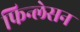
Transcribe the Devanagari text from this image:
फिन्लेसन